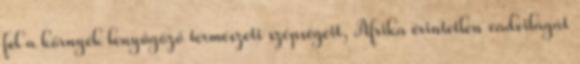
fel a környék lenyűgöző természeti szépségeit, Afrika érintetlen vadvilágát